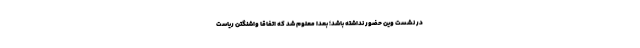
در نشست وین حضور نداشته باشد؛ بعداً معلوم شد که اتفاقاً واشنگتن ریاست